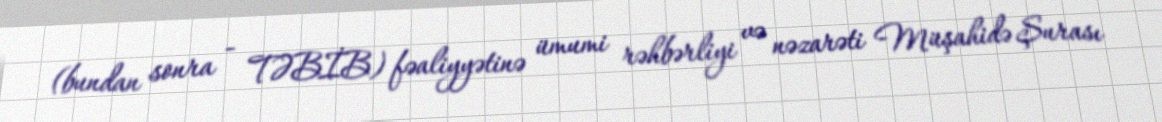
(bundan sonra - TƏBİB) fəaliyyətinə ümumi rəhbərliyi və nəzarəti Müşahidə Şurası